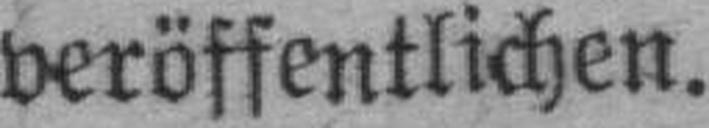
veröffentlichen.